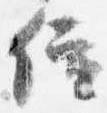
位